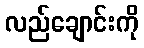
လည်ချောင်းကို